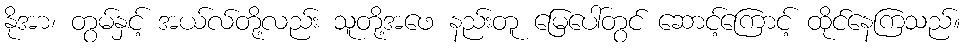
နိုအာ၊ တွမ်နှင့် အယ်လ်တို့လည်း သူတို့အဖေ နည်းတူ မြေပေါ်တွင် ဆောင့်ကြောင့် ထိုင်နေကြသည်။